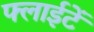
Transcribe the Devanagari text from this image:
फ्लाईटें